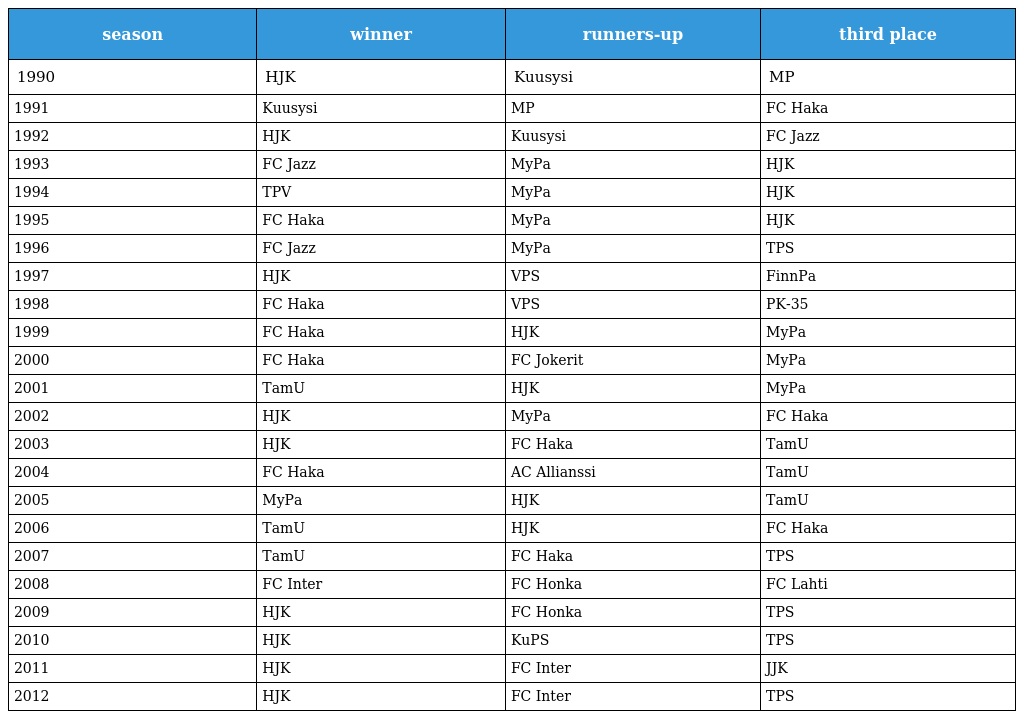
| season | winner | runners-up | third place |
 | --- | --- | --- | --- |
 | 1990 | HJK | Kuusysi | MP |
 | 1991 | Kuusysi | MP | FC Haka |
 | 1992 | HJK | Kuusysi | FC Jazz |
 | 1993 | FC Jazz | MyPa | HJK |
 | 1994 | TPV | MyPa | HJK |
 | 1995 | FC Haka | MyPa | HJK |
 | 1996 | FC Jazz | MyPa | TPS |
 | 1997 | HJK | VPS | FinnPa |
 | 1998 | FC Haka | VPS | PK-35 |
 | 1999 | FC Haka | HJK | MyPa |
 | 2000 | FC Haka | FC Jokerit | MyPa |
 | 2001 | TamU | HJK | MyPa |
 | 2002 | HJK | MyPa | FC Haka |
 | 2003 | HJK | FC Haka | TamU |
 | 2004 | FC Haka | AC Allianssi | TamU |
 | 2005 | MyPa | HJK | TamU |
 | 2006 | TamU | HJK | FC Haka |
 | 2007 | TamU | FC Haka | TPS |
 | 2008 | FC Inter | FC Honka | FC Lahti |
 | 2009 | HJK | FC Honka | TPS |
 | 2010 | HJK | KuPS | TPS |
 | 2011 | HJK | FC Inter | JJK |
 | 2012 | HJK | FC Inter | TPS |